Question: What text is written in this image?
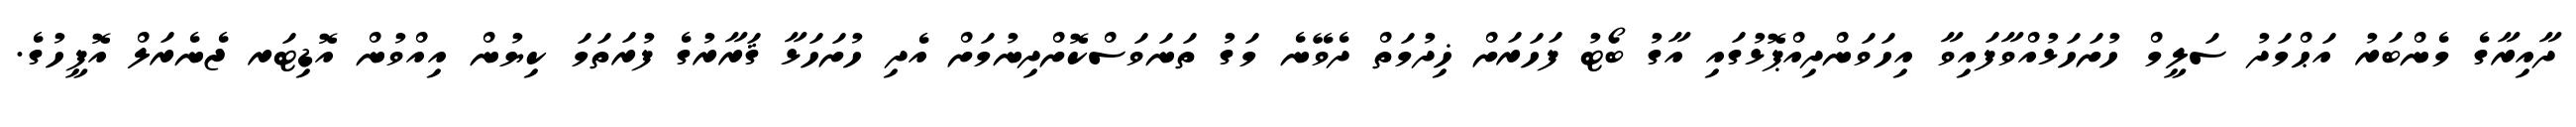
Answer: ދާއިރާގެ މެންބަރު އަޙްމަދު ސަލީމް ހުށަހަޅުއްވާފައިވާ އިހަވަންދިއްޕޮޅުގައި އާގު ބޯޓު ފަހަރަށް ޚިދުމަތް ދެވޭނެ މަގު ތަނަވަސްކޮށްދިނުމަށް އެދި ހުށަހަޅާ ޤަރާރުގެ ފުރަތަމަ ކިޔުން އިއްވުން އޮޑިޓަރ ޖެނެރަލް އޮފީހުގެ.